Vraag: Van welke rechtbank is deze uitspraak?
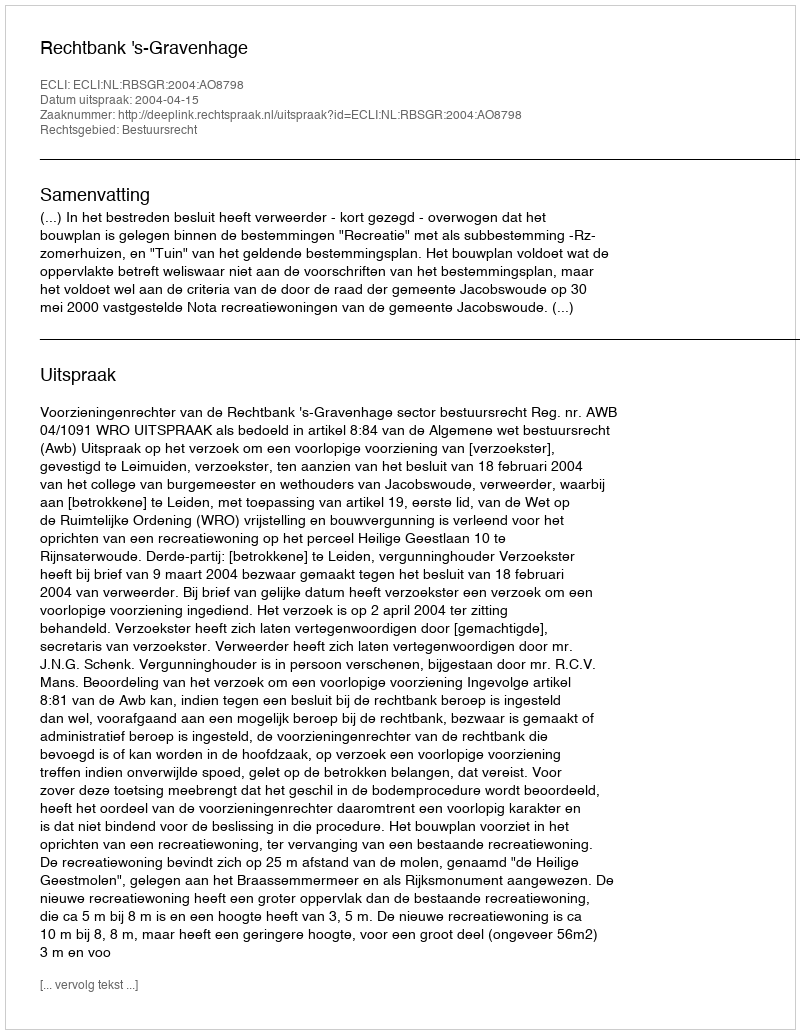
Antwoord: Rechtbank 's-Gravenhage